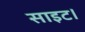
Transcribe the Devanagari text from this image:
साइट।